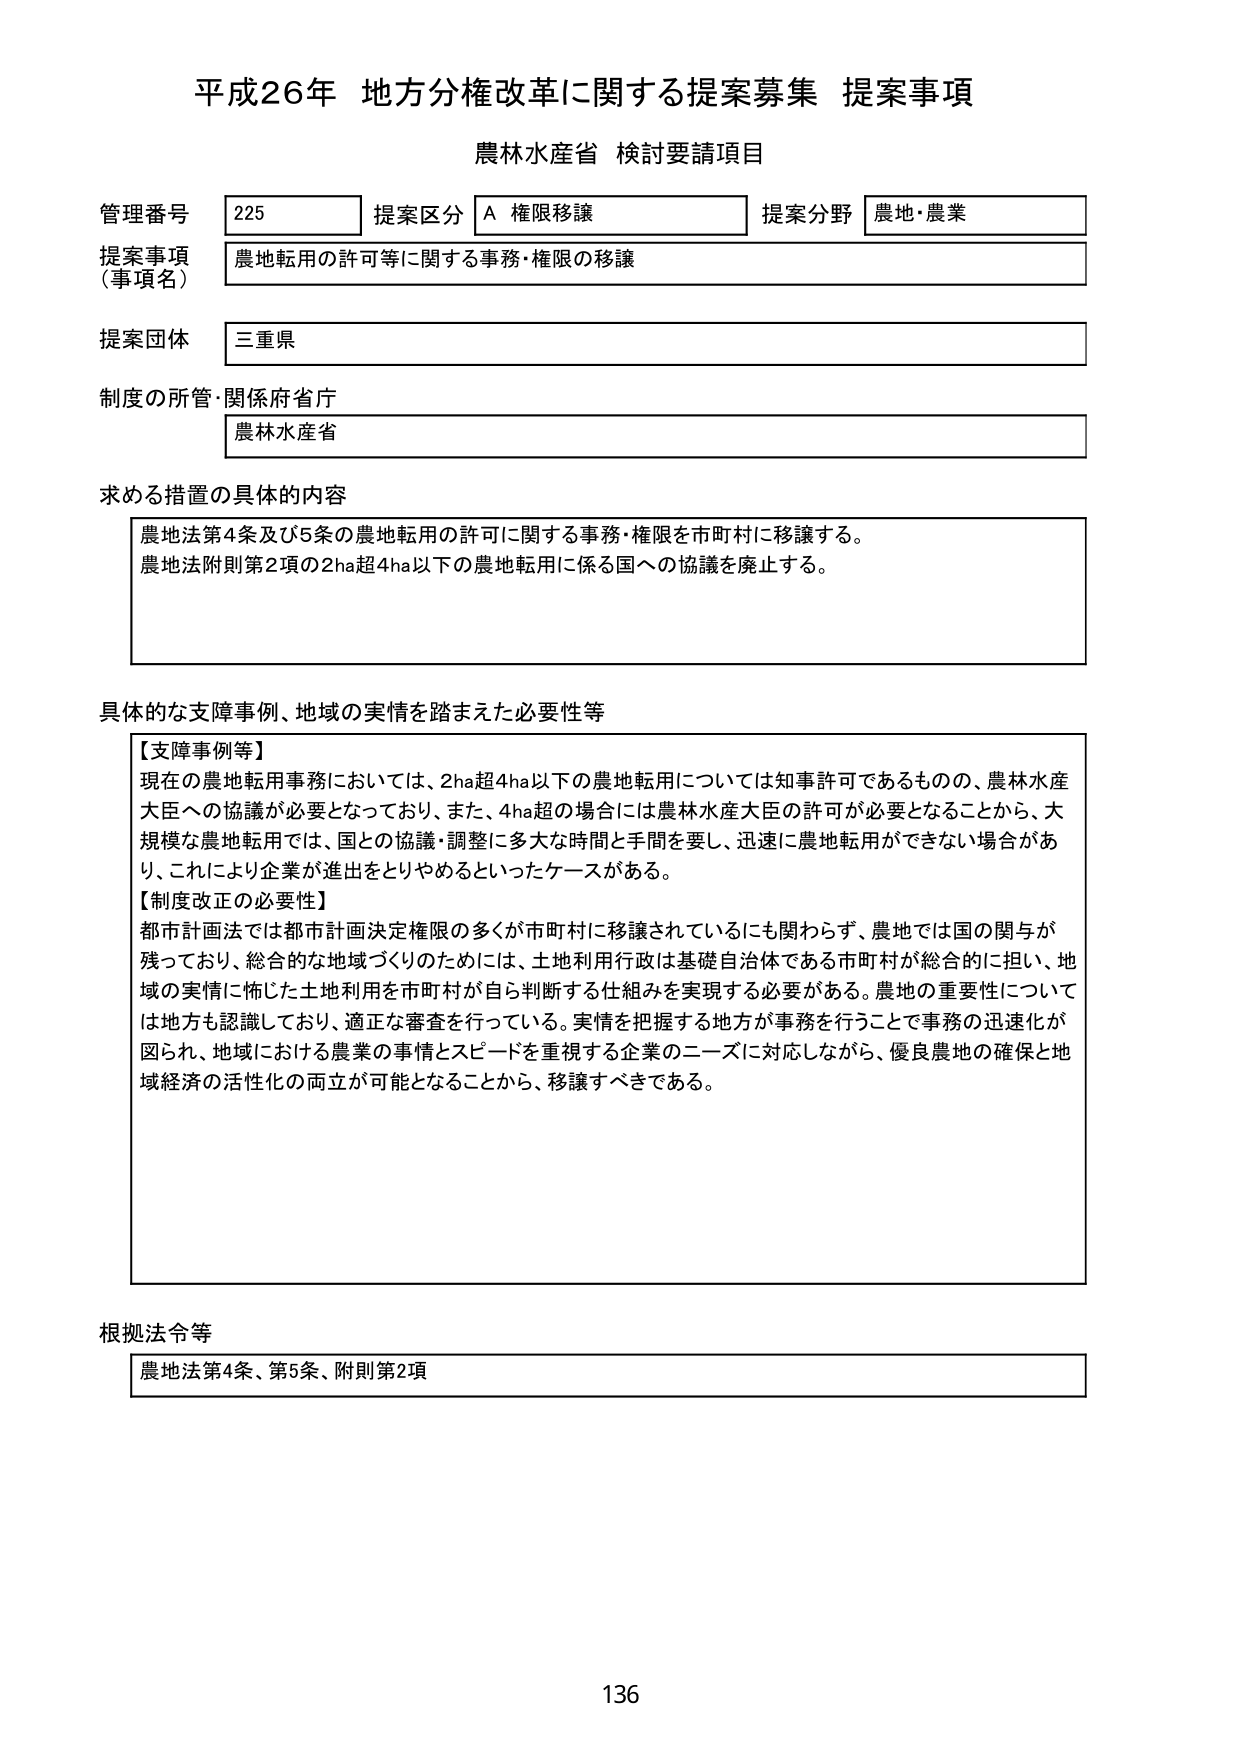
平成26年 地方分権改革に関する提案募集 提案事項
農林水産省 検討要請項目

管理番号 225 提案区分 A 権限移譲 提案分野 農地・農業
提案事項（事項名） 農地転用の許可等に関する事務・権限の移譲
提案団体 三重県
制度の所管・関係府省庁 農林水産省

求める措置の具体的内容
農地法第4条及び5条の農地転用の許可に関する事務・権限を市町村に移譲する。
農地法附則第2項の2ha超4ha以下の農地転用に係る国への協議を廃止する。

具体的な支障事例、地域の実情を踏まえた必要性等
【支障事例等】
現在の農地転用事務においては、2ha超4ha以下の農地転用については知事許可であるものの、農林水産大臣への協議が必要となっており、また、4ha超の場合には農林水産大臣の許可が必要となることから、大規模な農地転用では、国との協議・調整に多大な時間と手間を要し、迅速に農地転用ができない場合があり、これにより企業が進出をとりやめるといったケースがある。
【制度改正の必要性】
都市計画法では都市計画決定権限の多くが市町村に移譲されているにも関わらず、農地では国の関与が残っており、総合的な地域づくりのためには、土地利用行政は基礎自治体である市町村が総合的に担い、地域の実情に応じた土地利用を市町村が自ら判断する仕組みを実現する必要がある。農地の重要性については地方も認識しており、適正な審査を行っている。実情を把握する地方が事務を行うことで事務の迅速化が図られ、地域における農業の事情とスピードを重視する企業のニーズに対応しながら、優良農地の確保と地域経済の活性化の両立が可能となることから、移譲すべきである。

根拠法令等
農地法第4条、第5条、附則第2項

136